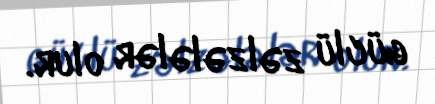
güclü zəlzələlər olur.